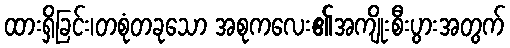
ထားရှိခြင်း၊တစုံတခုသော အစုကလေး၏အကျိုးစီးပွားအတွက်